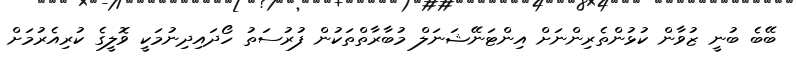
ބޭބެ ބުނީ ޒުވާން ކުޅުންތެރިންނަށް އިންޓަނޭޝަނަލް މުބާރާތްތަކުން ފުރުސަތު ހޯދައިދިނުމަކީ ވޮލީގެ ކުރިއެރުމަށް